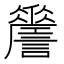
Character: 𧭨